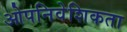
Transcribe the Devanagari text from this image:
ओपनिवेशिकता